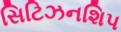
સિટિઝનશિપ